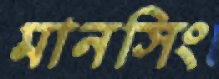
মানসিং